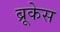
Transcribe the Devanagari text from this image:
ब्रूकेस